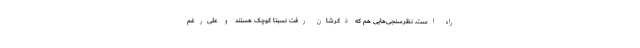
راه است. نظر‌سنجی‌هایی هم که ذکرشان رفت نسبتاً کوچک هستند و علی‌رغم